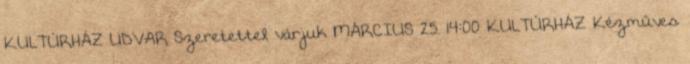
KULTÚRHÁZ UDVAR Szeretettel várjuk MÁRCIUS 25. 14:00 KULTÚRHÁZ Kézműves